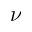
\nu